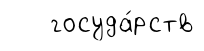
госуда́рств